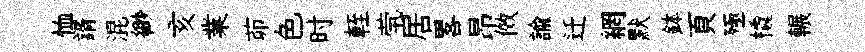
恤諝混緲亥業茆色时輊茕居畧昂傚諭迁網默鉢頁殛橇輾